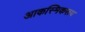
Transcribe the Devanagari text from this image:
आकस्मिकरूप